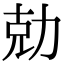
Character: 勀